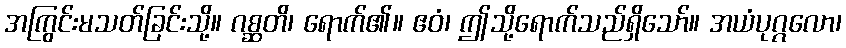
အကြွင်းမသတ်ခြင်းသို့။ ဂစ္ဆတိ၊ ရောက်၏။ ဧဝံ၊ ဤသို့ရောက်သည်ရှိသော်။ အယံပုဂ္ဂလော၊